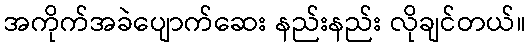
အကိုက်အခဲပျောက်ဆေး နည်းနည်း လိုချင်တယ်။